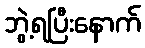
ဘွဲ့ရပြီးနောက်